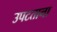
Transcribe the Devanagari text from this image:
उपटताना